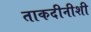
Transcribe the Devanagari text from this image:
ताकदीनीशी